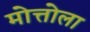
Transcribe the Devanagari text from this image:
मोत्तोला